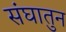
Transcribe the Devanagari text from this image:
संघातुन